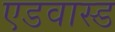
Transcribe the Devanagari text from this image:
एडवास्ड